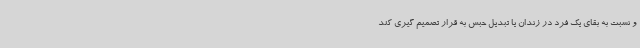
و نسبت به بقای یک فرد در زندان یا تبدیل حبس به قرار تصمیم گیری کند